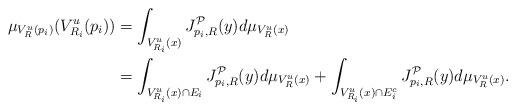
LaTeX: \begin{align*} \mu_{V^u_R(p_i)}(V^u_{R_i}(p_i)) & = \int_{V^u_{R_i}(x)}J_{p_i, R}^{\mathcal{P}}(y) d\mu_{V^u_{R}(x)} \\ & = \int_{V^u_{R_i}(x) \cap E_i}J_{p_i, R}^{\mathcal{P}} (y) d\mu_{V^u_{R}(x)} + \int_{V^u_{R_i}(x) \cap E_i^c}J_{p_i, R}^{\mathcal{P}}(y) d\mu_{V^u_{R}(x)}. \end{align*}